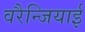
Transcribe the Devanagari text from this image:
वरैन्जियाई